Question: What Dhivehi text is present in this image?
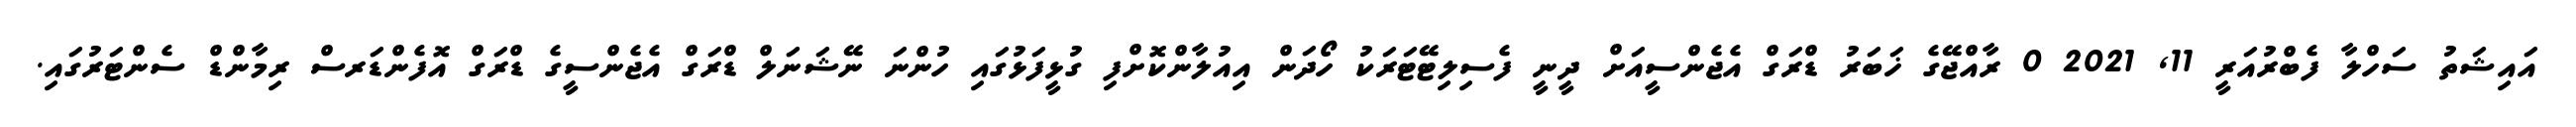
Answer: އައިޝަތު ސަހްލާ ފެބްރުއަރީ 11, 2021 0 ރާއްޖޭގެ ޚަބަރު ޑްރަގް އެޖެންސީއަށް ދީނީ ފެސިލިޓޭޓަރަކު ހޯދަން އިއުލާންކޮށްފި ގުޅީފަޅުގައި ހުންނަ ނޭޝަނަލް ޑްރަގް އެޖެންސީގެ ޑްރަގް އޮފެންޑަރސް ރިމާންޑް ސެންޓަރުގައި.